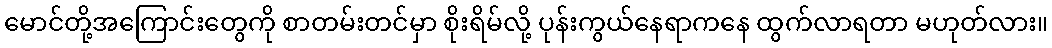
မောင်တို့အကြောင်းတွေကို စာတမ်းတင်မှာ စိုးရိမ်လို့ ပုန်းကွယ်နေရာကနေ ထွက်လာရတာ မဟုတ်လား။